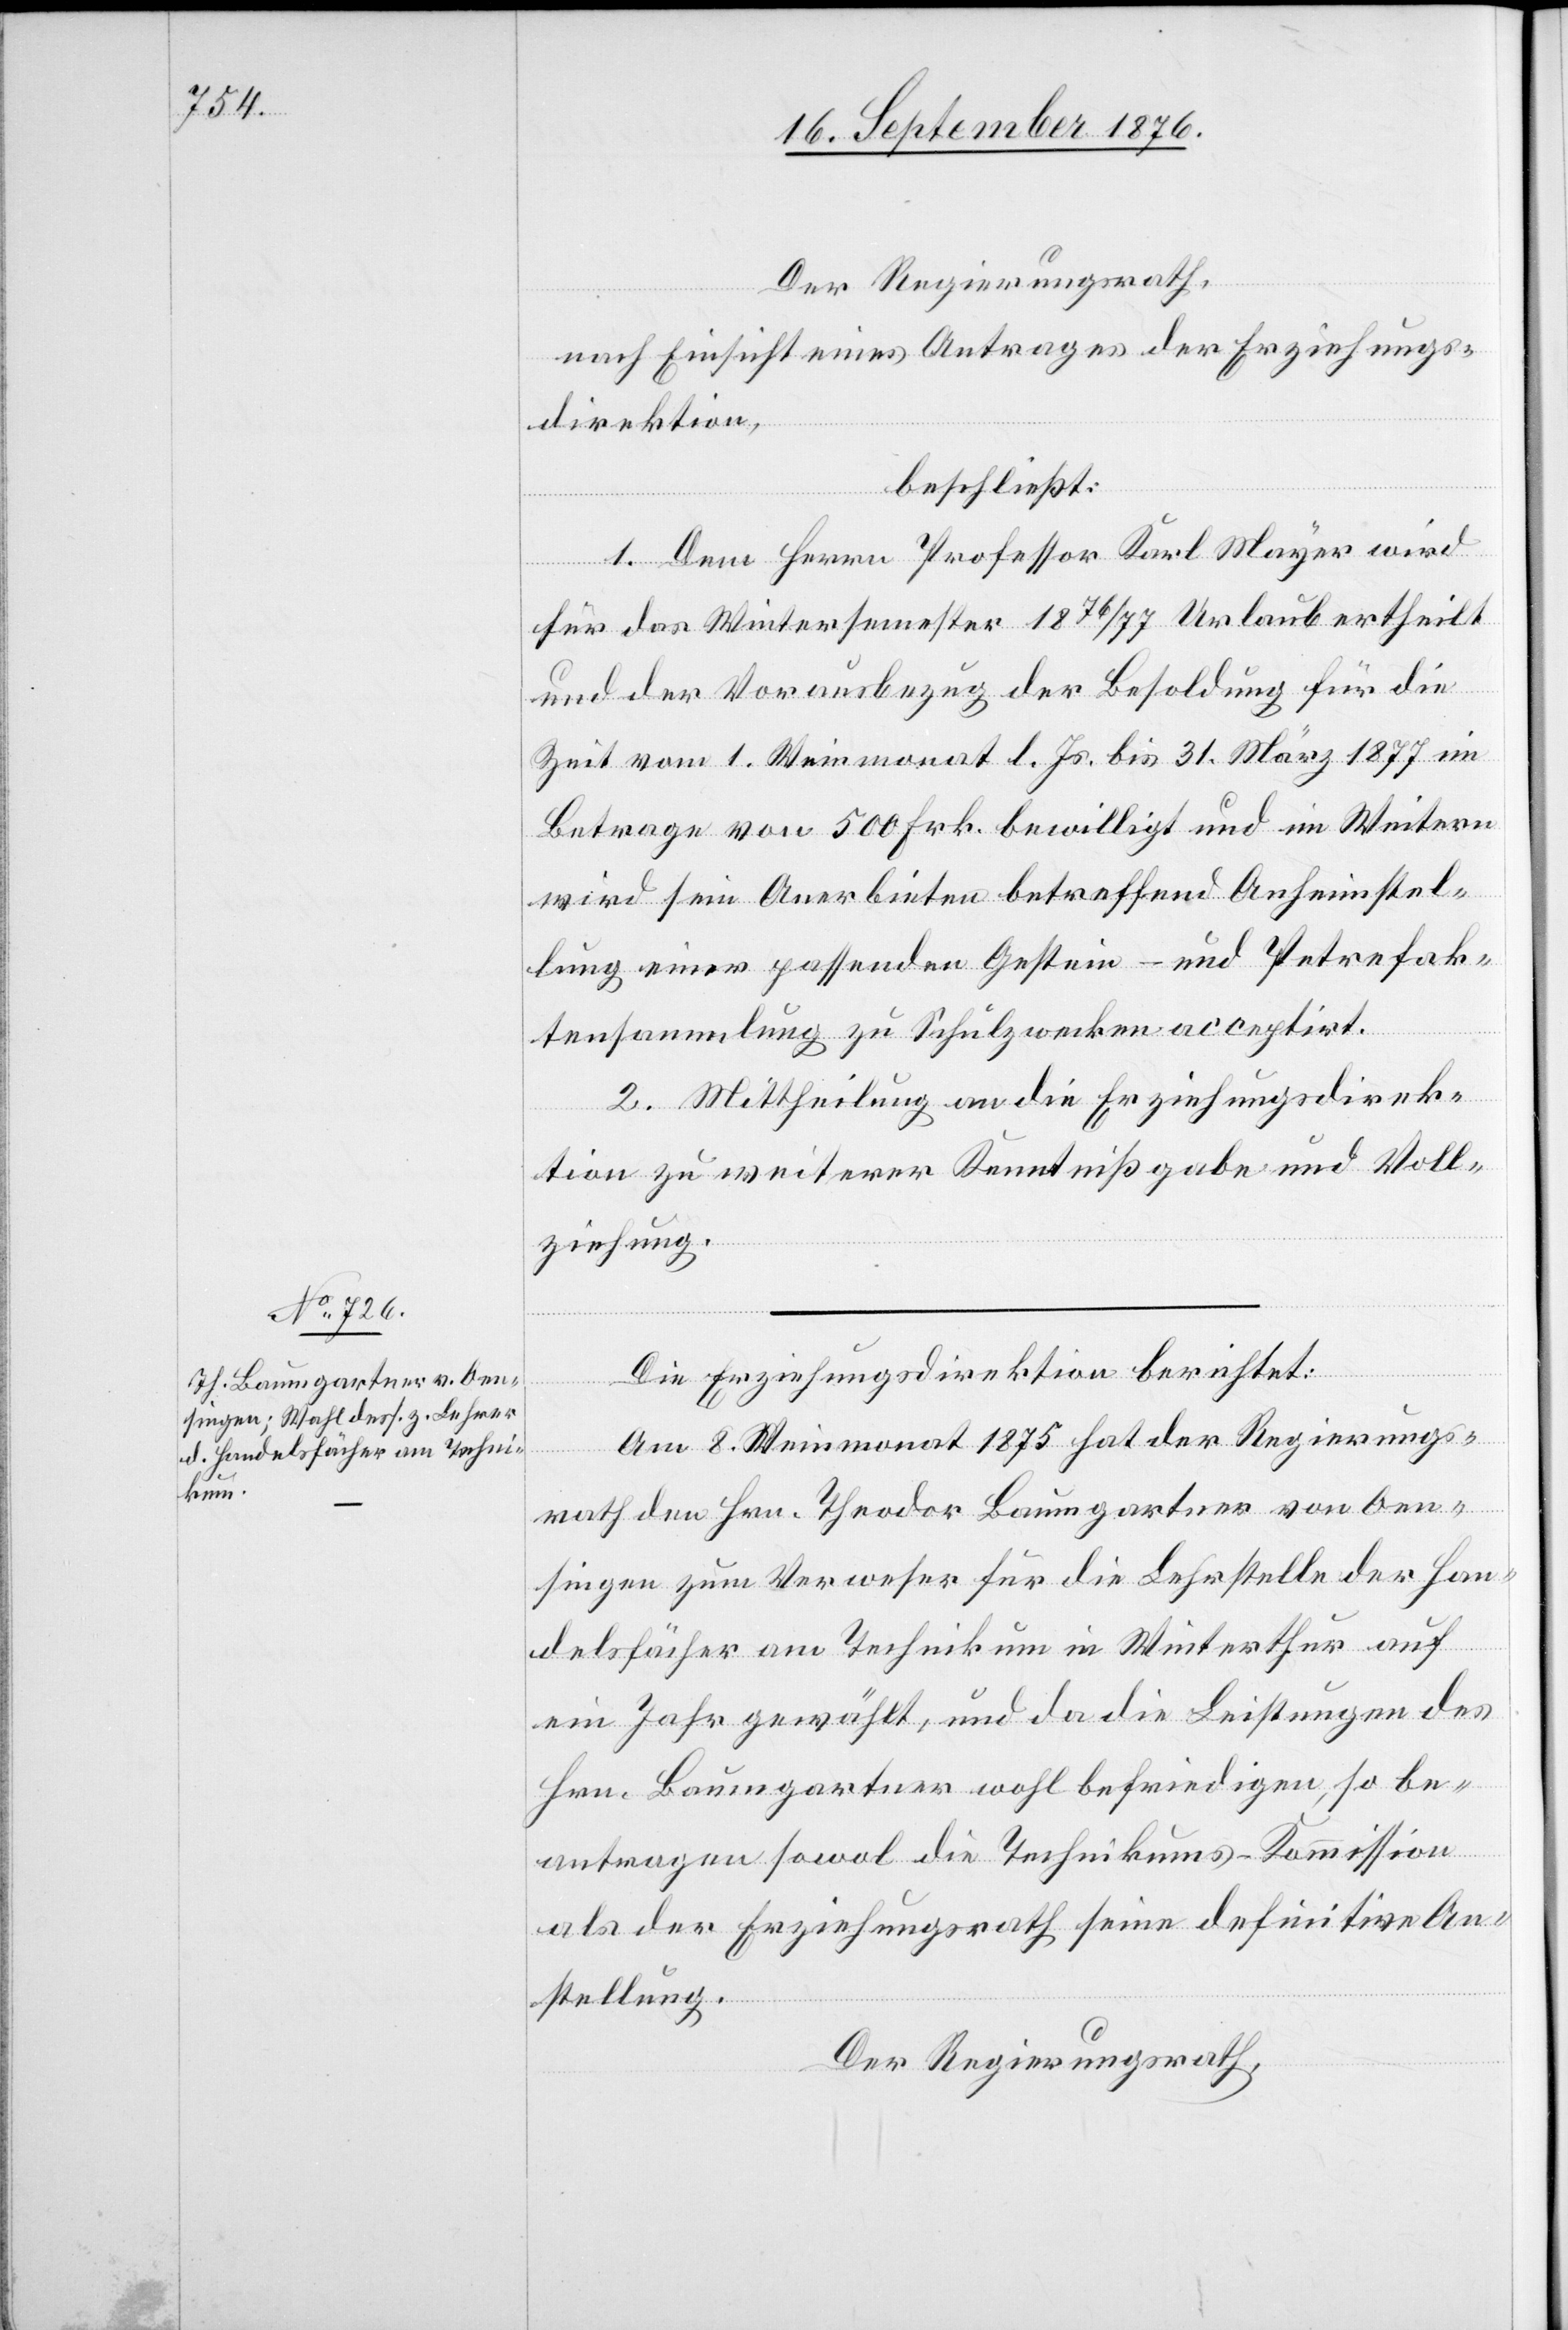
Der Regierungsrath,
nach Einsicht eines Antrages der Erziehungs¬
direktion
beschließt:
1. Dem Herrn Professor Karl Meyer wird
für das Wintersemester 1876/77 Urlaub ertheilt
und der Vorausbezug der Besoldung für die
Zeit vom 1. Weinmonat l. Js. bis 31. März 1877 im
Betrage von 500 Frk. bewilligt und im Weitern
wird sein Anerbieten betreffend Anheimstel¬
lung einer passenden Gestein- und Petrefak¬
tensammlung zu Schulzwecken acceptirt.
2. Mittheilung an die Erziehungsdirek¬
tion zu weiterer Kenntnißgabe und Voll¬
ziehungs¬
Die Erziehungsdirektion berichtet:
An¬
Am 8. Weinmonat 1875 hat der Regierungs¬
rath den Hrn. Theodor Baumgartner von Oen¬
singen zum Verweser für die Lehrstelle der Han¬
delsfächer am Technikum in Winterthur auf
ein Jahr gewählt, und da die Leistungen des
Hrn. Baumgartner wohl befriedigen, so be¬
antragen sowol die Technikums-Kommission
ine
stellung.
Der Regierungsrath,